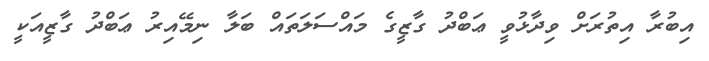
އިބުރާ އިތުރަށް ވިދާޅުވީ ޢަބްދު ގާޒީގެ މައްސަލަތައް ބަލާ ނިމޭއިރު ޢަބްދު ގާޒީއަކީ